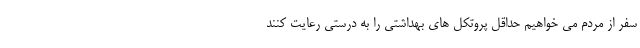
سفر از مردم می خواهیم حداقل پروتکل های بهداشتی را به درستی رعایت کنند